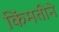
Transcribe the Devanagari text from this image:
किंमतीने